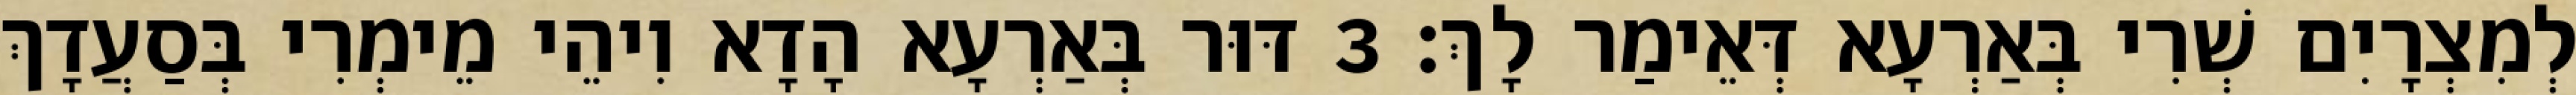
לְמִצְרָיִם שְׁרִי בְּאַרְעָא דְּאֵימַר לָךְ׃ 3 דּוּר בְּאַרְעָא הָדָא וִיהֵי מֵימְרִי בְּסַעֲדָךְ